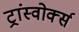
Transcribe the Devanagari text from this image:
ट्रांस्वोर्क्स